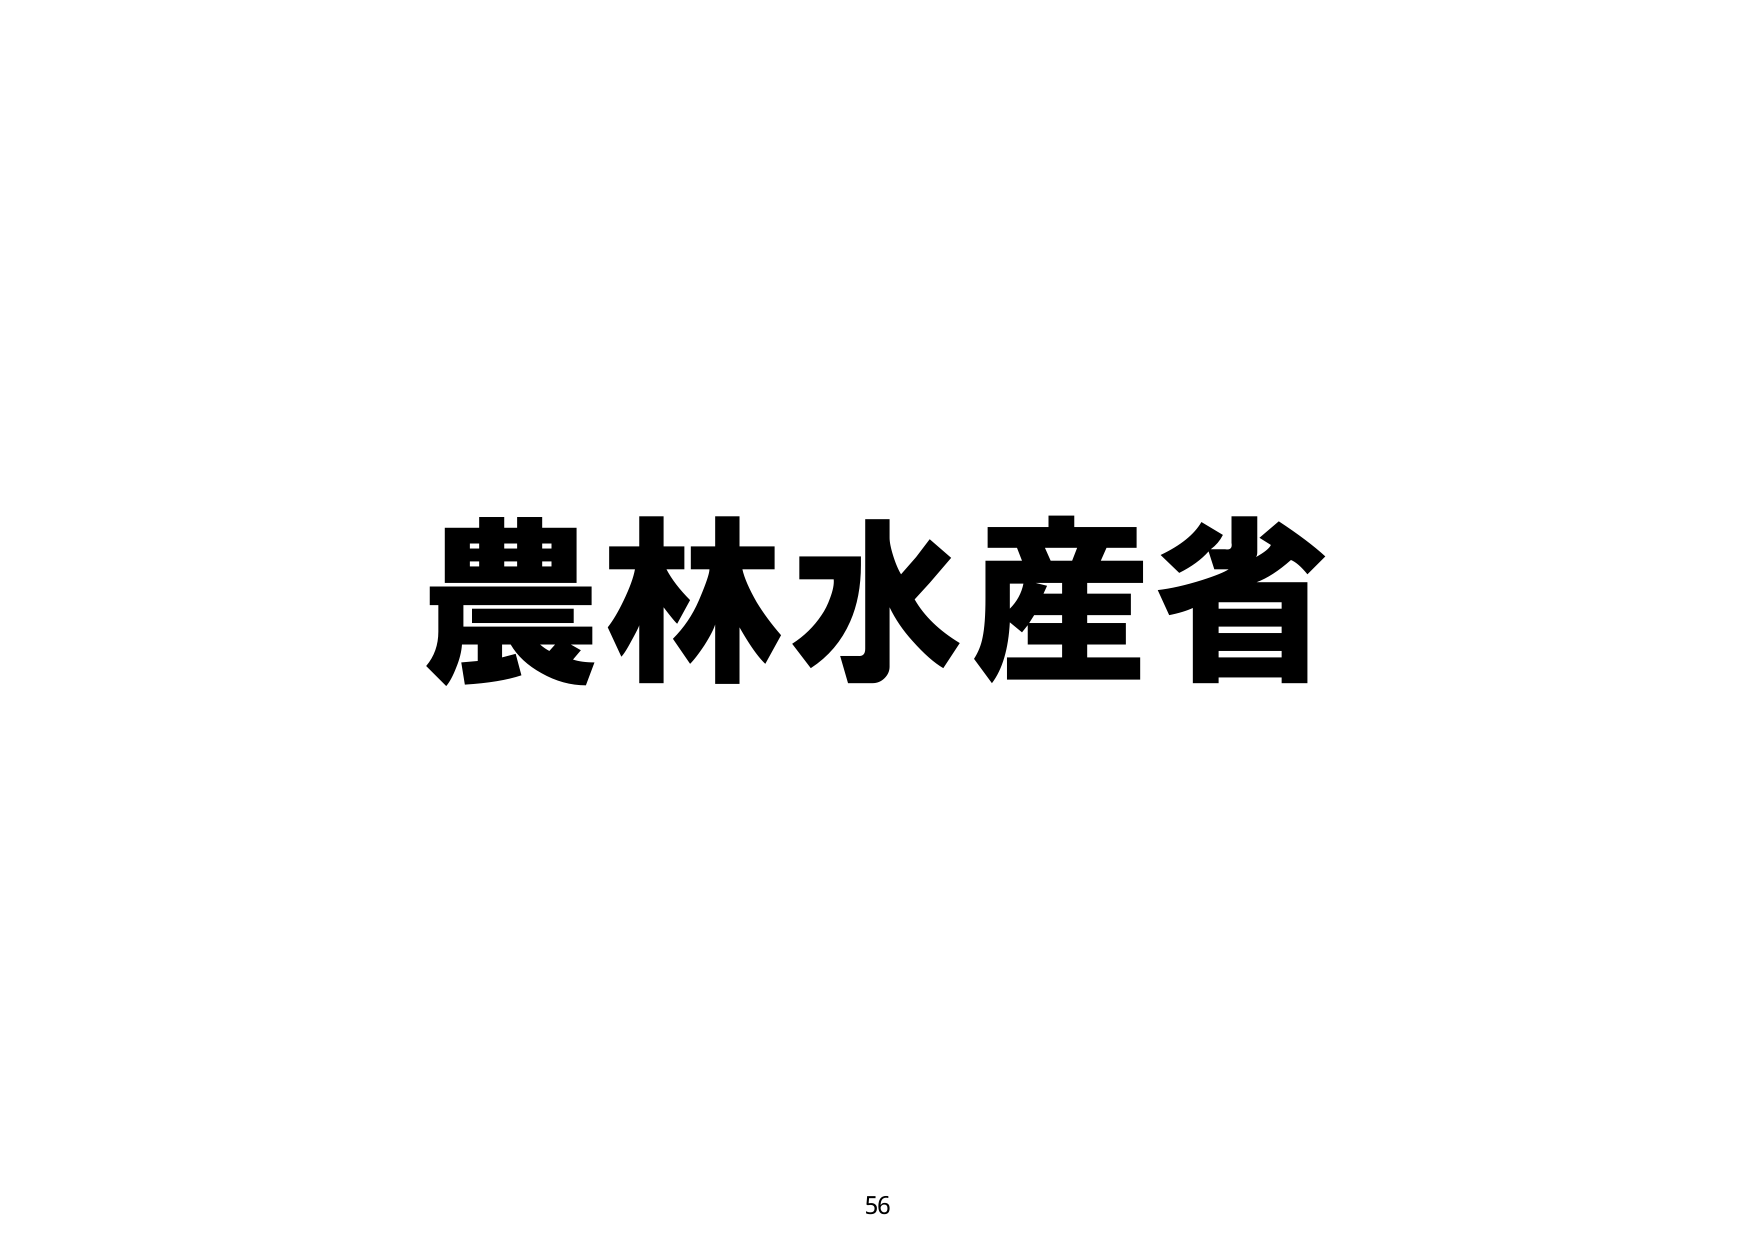
農林水産省
56